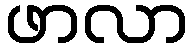
ဖာလာ